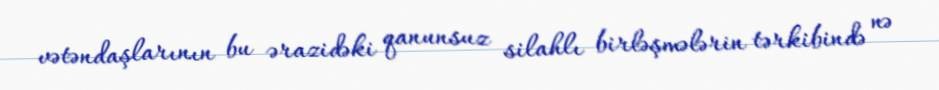
vətəndaşlarının bu ərazidəki qanunsuz silahlı birləşmələrin tərkibində nə